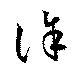
誅